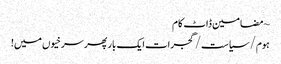
~ مضامین ڈاٹ کام
ہوم/سیاست/گجرات ایک بار پھر سرخیوں میں!